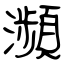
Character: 瀕